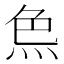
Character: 𤈖